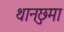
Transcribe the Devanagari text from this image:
थानछुमा